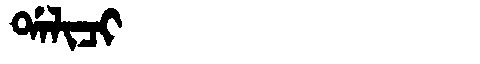
Manchu: ᡩᠠᠯᡳᠴᡳ
Romanization: DALICI